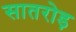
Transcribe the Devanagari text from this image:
सातरोड़